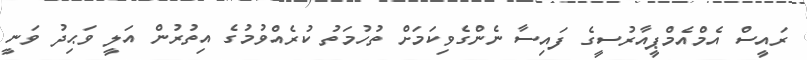
ރައީސް އެމްއެމްޕީއާރުސީގެ ފައިސާ ނެންގެވިކަމަށް ތުހުމަތު ކުރެއްވުމުގެ އިތުރުން އަލީ ވަޙިދު ވަނީ